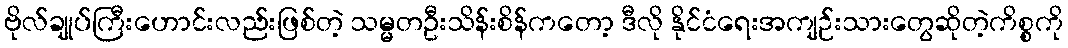
ဗိုလ်ချုပ်ကြီးဟောင်းလည်းဖြစ်တဲ့ သမ္မတဦးသိန်းစိန်ကတော့ ဒီလို နိုင်ငံရေးအကျဉ်းသားတွေဆိုတဲ့ကိစ္စကို